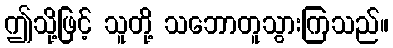
ဤသို့ဖြင့် သူတို့ သဘောတူသွားကြသည်။